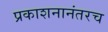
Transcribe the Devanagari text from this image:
प्रकाशनानंतरच